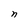
Character: n